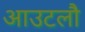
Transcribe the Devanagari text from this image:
आउटलौ